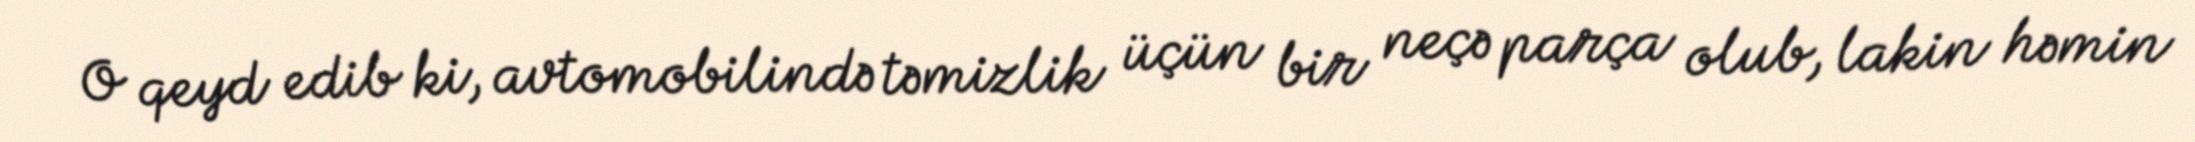
O qeyd edib ki, avtomobilində təmizlik üçün bir neçə parça olub, lakin həmin